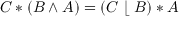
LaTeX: C * ( B \wedge A ) = ( C \; \lfloor \; B ) * A